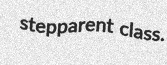
stepparent class.